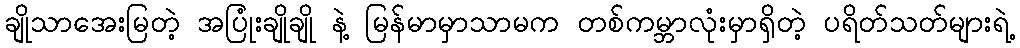
ချိုသာအေးမြတဲ့ အပြုံးချိုချို နဲ့ မြန်မာမှာသာမက တစ်ကမ္ဘာလုံးမှာရှိတဲ့ ပရိတ်သတ်များရဲ့